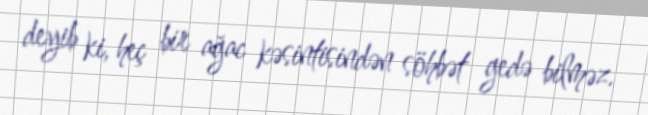
deyib ki, heç bir ağac kəsintisindən söhbət gedə bilməz.